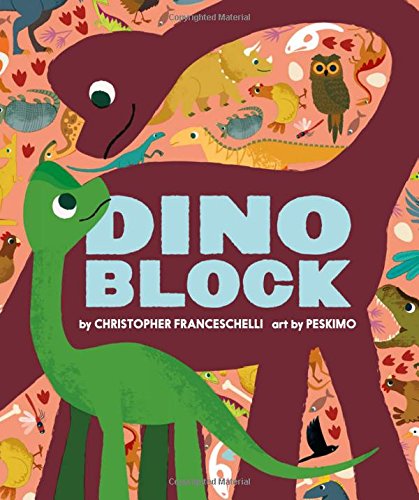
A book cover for Dinoblock (Alphablock); Christopher Franceschelli; Children's Books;